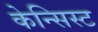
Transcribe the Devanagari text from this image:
केन्सिस्ट